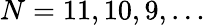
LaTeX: N=11,10,9,\dots